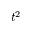
t ^ { 2 }